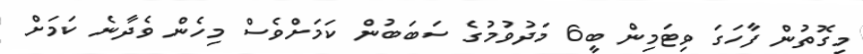
މިގޮތުން ފާހަގަ ވިޓަމިން ބީ6 މަދުވުމުގެ ސަބަބުން ކަމަށްވެސް މިހެން ވެދާނެ ކަމަށް